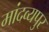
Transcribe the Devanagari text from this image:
मांदव्यपुर